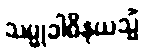
သမ္မုခါဝိနယသ္မိံ